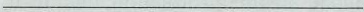
___